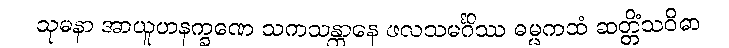
သုမနာ အာယူဟနက္ခဏေ သကသန္တာနေ ဖလသမင်္ဂိဿ ဓမ္မကထံ ဆတ္တိံသဝိဓာ